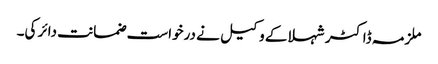
ملزمہ ڈاکٹر شہلا کے وکیل نے درخواست ضمانت دائر کی۔